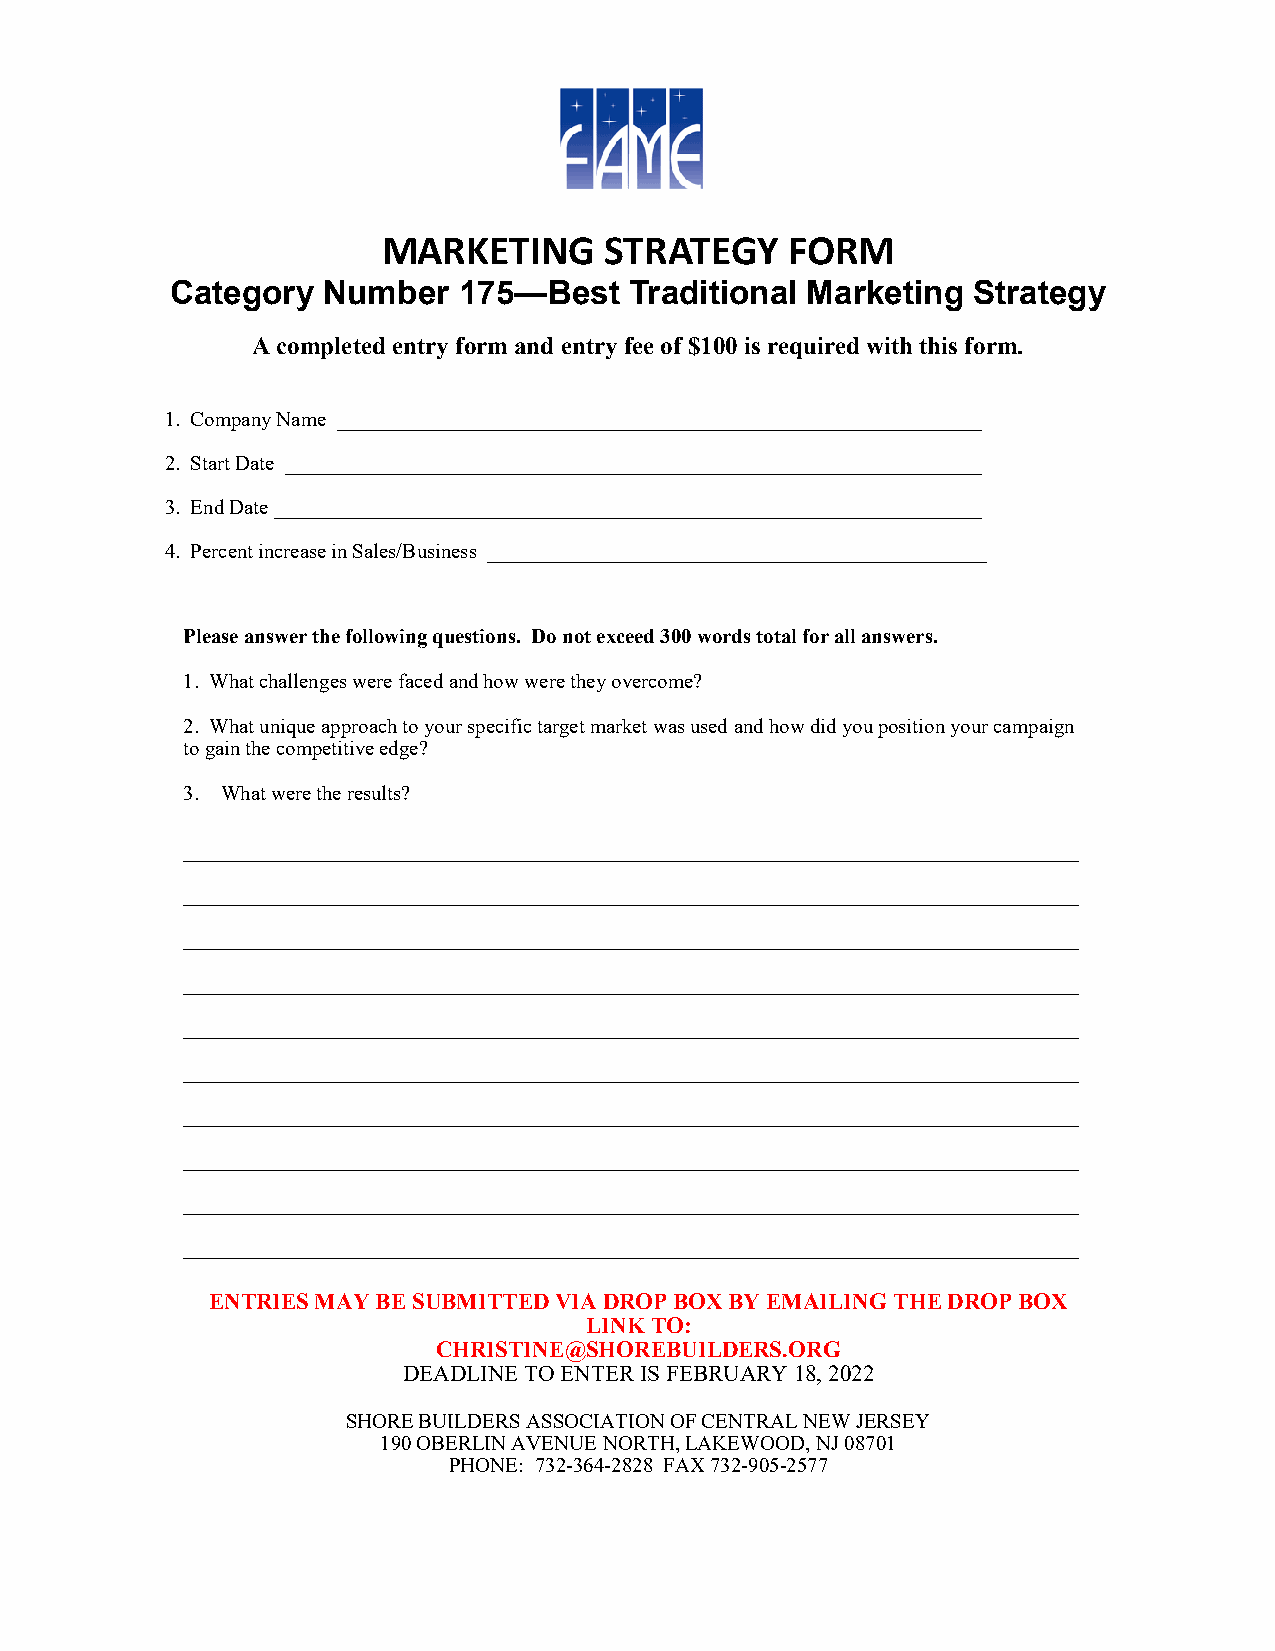
MARKETING      STRATEGY    FORM
 Category  Number   175—Best    Traditional Marketing Strategy
 A completed entry form and entry fee of $100 is required with this form.
 1. Company Name ______________________________________________________________
 2. Start Date ___________________________________________________________________
 3. End Date ____________________________________________________________________
 4. Percent increase in Sales/Business ________________________________________________
 Please answer the following questions. Do not exceed 300 words total for all answers.
 1. What challenges were faced and how were they overcome?
 2. What unique approach to your specific target market was used and how did you position your campaign
 to gain the competitive edge?
 3. What were the results?
 ———————————————————————————————————————————
 ———————————————————————————————————————————
 ———————————————————————————————————————————
 ———————————————————————————————————————————
 ———————————————————————————————————————————
 ———————————————————————————————————————————
 ———————————————————————————————————————————
 ———————————————————————————————————————————
 ———————————————————————————————————————————
 ———————————————————————————————————————————
 ENTRIES MAY BE SUBMITTED VIA DROP BOX BY EMAILING THE DROP BOX
 LINK TO:
 CHRISTINE@SHOREBUILDERS.ORG
 DEADLINE TO ENTER IS FEBRUARY 18, 2022
 SHORE BUILDERS ASSOCIATION OF CENTRAL NEW JERSEY
 190 OBERLIN AVENUE NORTH, LAKEWOOD, NJ 08701
 PHONE: 732-364-2828 FAX 732-905-2577